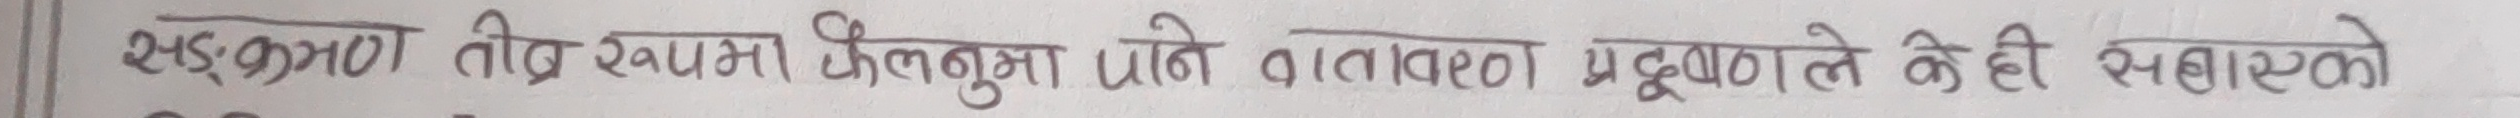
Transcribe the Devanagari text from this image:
सडकमा तीव्र रुपमा फैलनूमा पानी वातावरण प्रदूषणले केही बढाएको